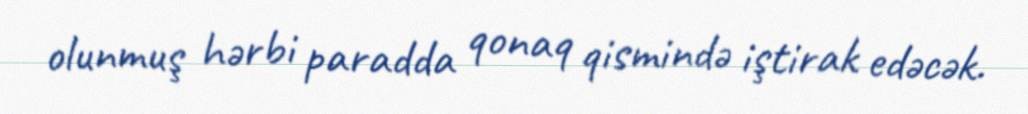
olunmuş hərbi paradda qonaq qismində iştirak edəcək.